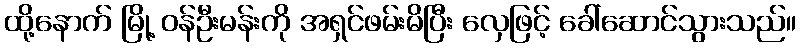
ထို့နောက် မြို့ ဝန်ဦးမန်းကို အရှင်ဖမ်းမိပြီး လှေဖြင့် ခေါ်ဆောင်သွားသည်။